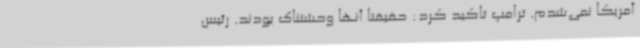
آمریکا نمی‌شدم. ترامپ تاکید کرد: حقیقتا آنها وحشتناک بودند. رئیس‌